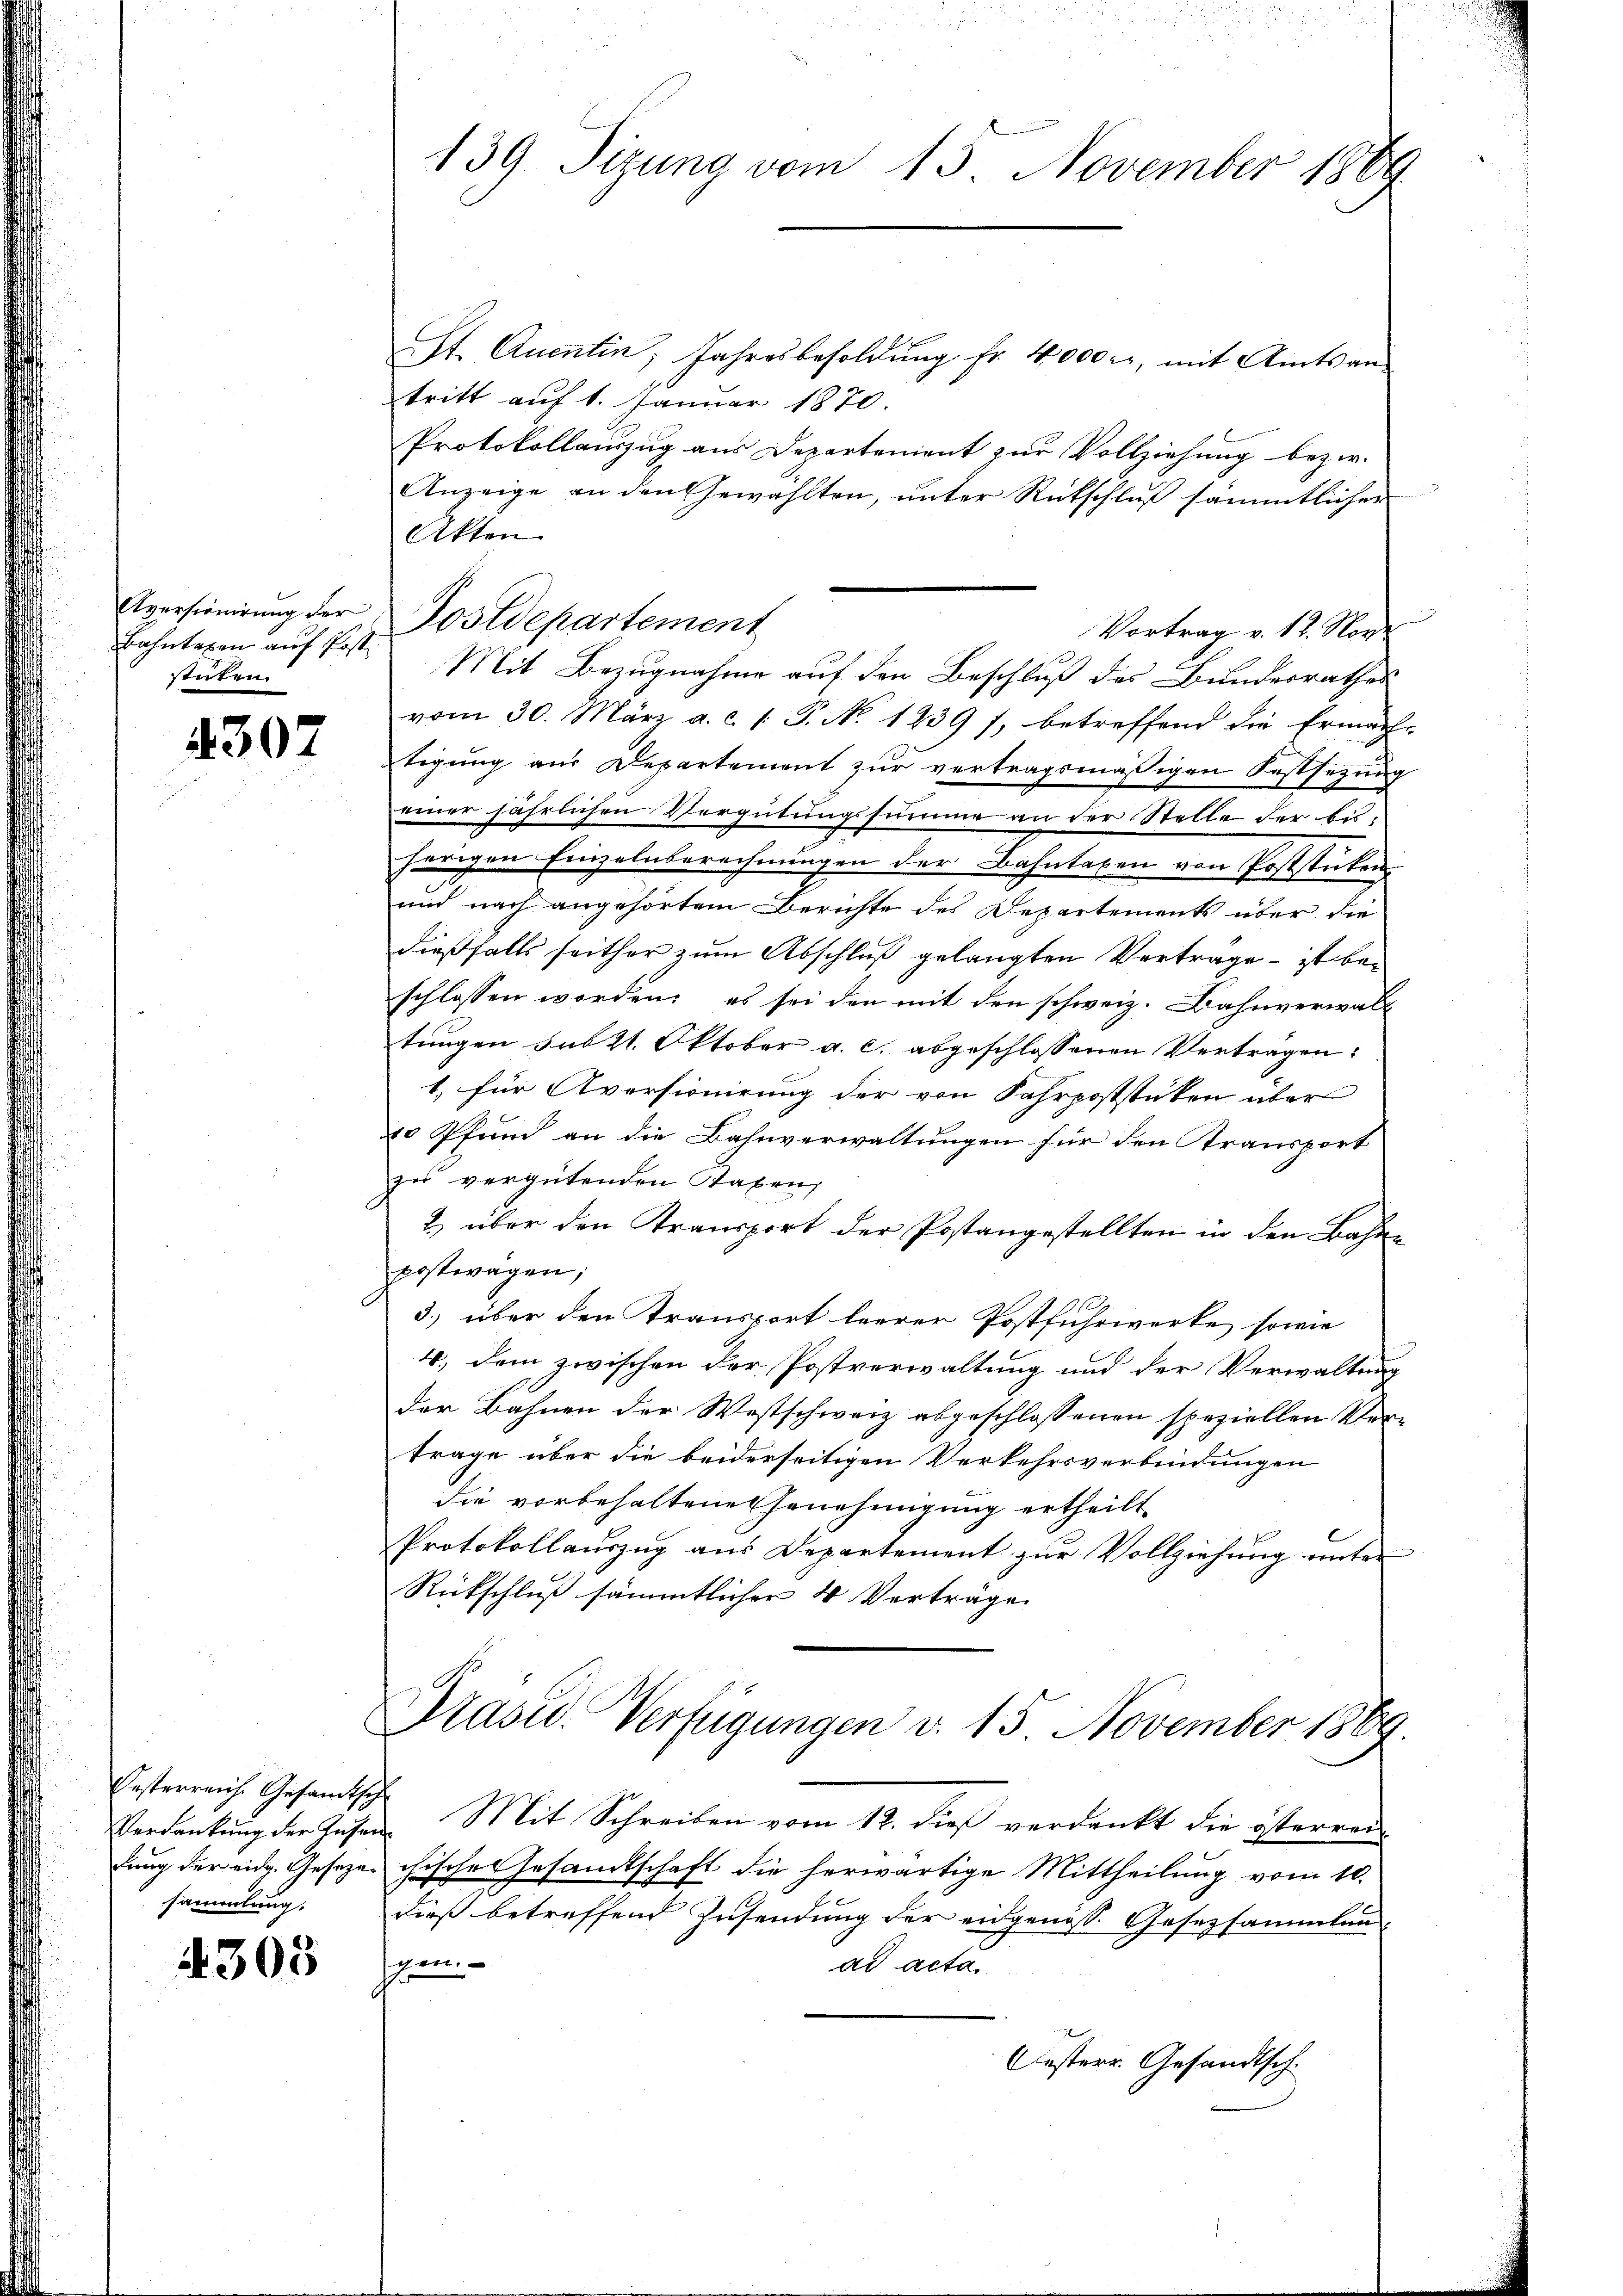
Bahntaxen auf Post
stuten.

4307

St. Quentin, Jahresbesoldŭng fr. 4000 rl, mit Amtsan-
tritt auf 1. Januar 1870.
Protokollauszug aus Departenient zur Vollziehung bezw.
Anzeige an den Gewählten, unter Rückschluß sämmtlicher
Akten
Vortrag v. 12. Nor
Mit Bezugnahme auf den Beschluß des Bundesrathes
vom 30. März a. c. 1 P. No 1239 f., betreffend die Ermäch-
tigung aus Departement zur vertragsmäßigen Festsetzung
einer jährlichen Vergütungssumme an der Stelle der bisherigen Einzelnberechnungen der Bahntagen von Poststücken.
und nach angehörtem Berichte des Departements über die
dießfalls seither zum Abschluß gelangten Vertrage – ist beschlossen worden: es sei den mit den schweiz. Bahnverwalt
tungen sub 21. Oktober a. c. abgeschlossenen Verträgen:
1, für Aversionirung der von Fahrpoststücken über
10 Pfund an die Bahnverwaltungen für den Transport
zu vergütenden Taxen,
2) über den Transport der Postangestellten in den Bahnpostwagen;
3.) über den Transport beerer Postfuhrwerke, sowie
4. dem zwischen der Postverwaltung und der Verwaltung
der Bahnen der Westschweiz abgeschlossenen speziellen Ver-
trage über die beiderseitigen Verkehrsverbindungen
die vorbehaltene Genehmigung ertheilt.
Protokollauszug aus Departement zur Vollziehung unter
Rückschluß sämmtlicher 4 Verträge
Präsid. Verfügungen v. 15. November 1869.
Verdankung der Zusen. Mit Schreiben vom 12. dieß verdankt die österrei
lung der eidg. Gesezeichisches Gesamtschaft die herwärtige Mittheilung vom 10.
dieß betreffend Insendung der eidgenosse Gesetzsammlungem
ad acta.
Oesterr. Gesandtsch.

Festerreiche Gesandtsch
sammlung:

4305

139. Sizung vom 15. November 1889

Aversionirung der Postdepartement

n